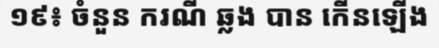
១៩៖ ចំនួន ករណី ឆ្លង បាន កើនឡើង